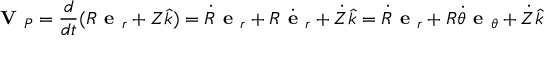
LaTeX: { \textbf { V } } _ { P } = { \frac { d } { d t } } ( R { \textbf { e } } _ { r } + Z { \hat { k } } ) = { \dot { R } } { \textbf { e } } _ { r } + R { \dot { \textbf { e } } } _ { r } + { \dot { Z } } { \hat { k } } = { \dot { R } } { \textbf { e } } _ { r } + R { \dot { \theta } } { \textbf { e } } _ { \theta } + { \dot { Z } } { \hat { k } }